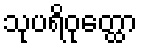
သုပရိဝုတ္ထော